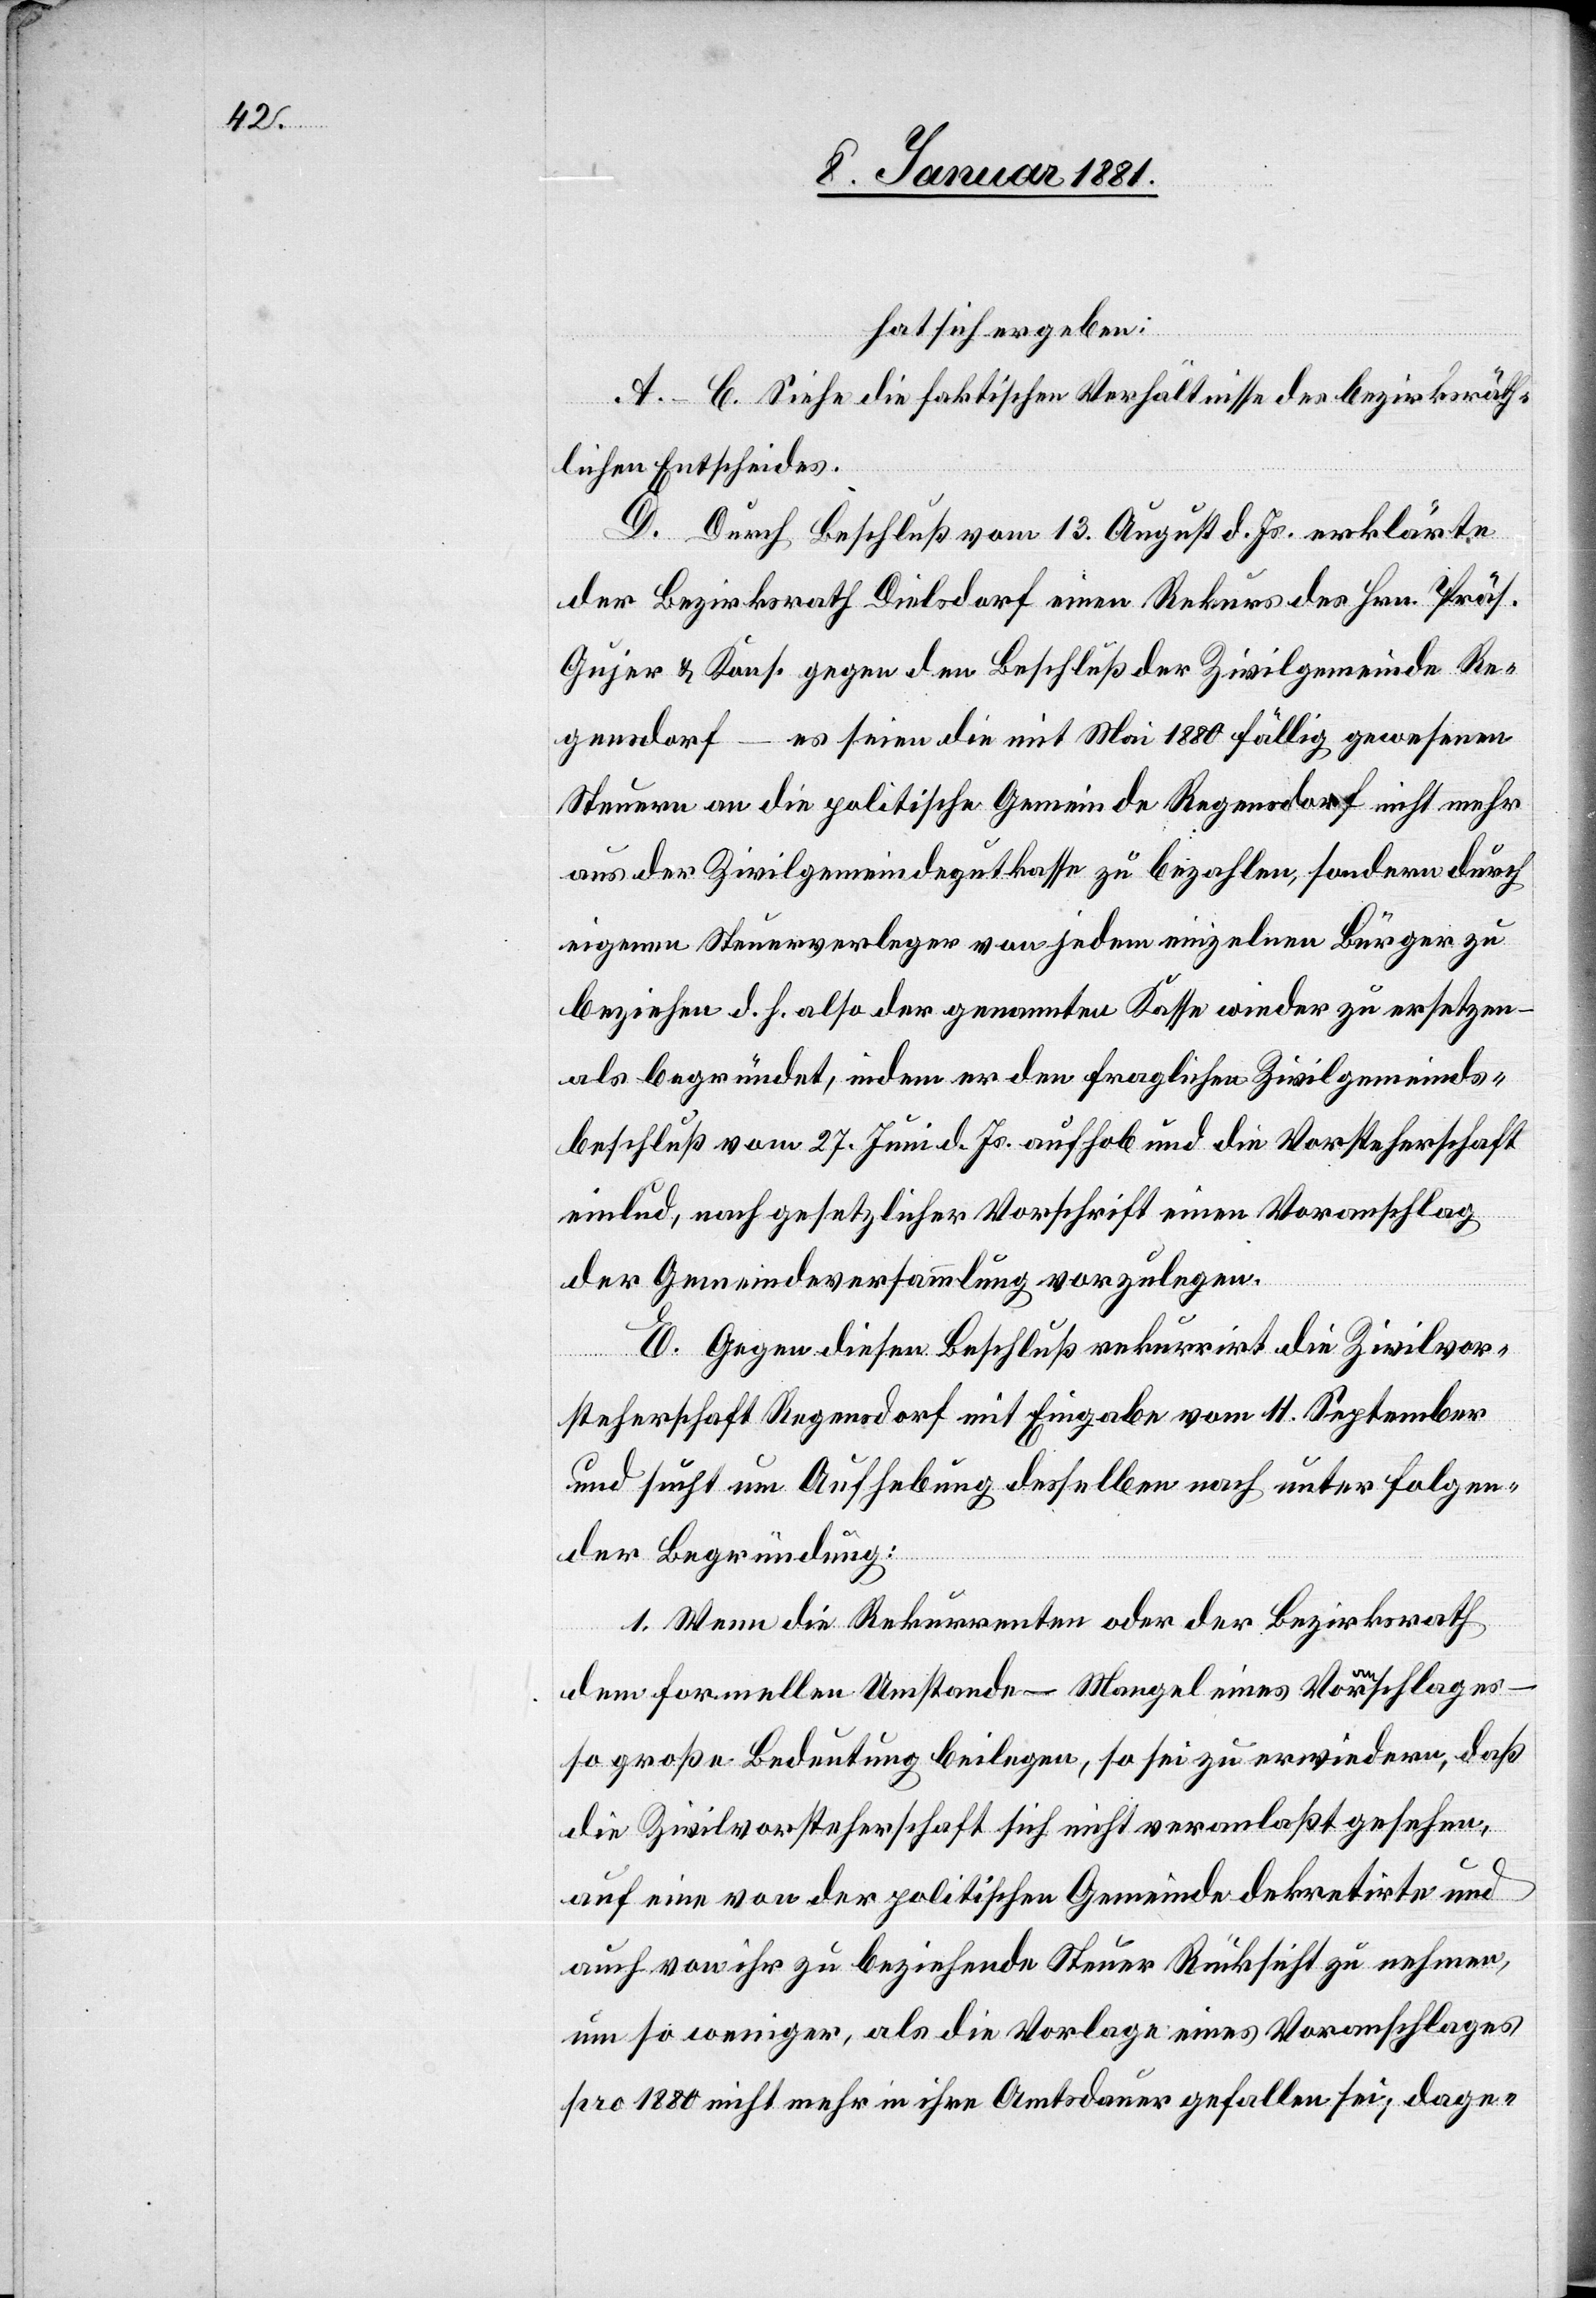
hat sich ergeben:
A.–C. Siehe die faktischen Verhältnisse des bezirksräth¬
lichen Entscheides.
D. Durch Beschluß vom 13. August d. Js. erklärte
der Bezirksrath Dielsdorf einen Rekurs des Hrn. Präs.
Gujer & Kons. gegen den Beschluß der Zivilgemeinde Re¬
gensdorf – es seien die mit Mai 1880 fällig gewesenen
Steuern an die politische Gemeinde Regensdorf nicht mehr
aus der Zivilgemeindegutkasse zu bezahlen, sondern durch
eigenen Steuerverleger von jedem einzelnen Bürger zu
beziehen d. h. also der genannten Kasse wieder zu ersetzen
als begründet, indem er den fraglichen Zivilgemeinds¬
beschluß vom 27. Juni d. Js. aufhob und die Vorsteherschaft
einlud, nach gesetzlicher Vorschrift einen Voranschlag
der Gemeindeversammlung vorzulegen.
E. Gegen diesen Beschluß rekurrirt die Zivilvor¬
steherschaft Regensdorf mit Eingabe vom 11. September
und sucht um Aufhebung desselben nach unter folgen¬
der Begründung:
1. Wenn die Rekurrenten oder der Bezirksrath
dem formellen Umstande – Mangel eines Voranschlages
so große Bedeutung beilegen, so sei zu erwiedern, daß
die Zivilvorsteherschaft sich nicht veranlaßt gesehen,
auf eine von der politischen Gemeinde dekretirte und
auch von ihr zu beziehende Steuer Rücksicht zu nehmen,
um so weniger, als die Vorlage eines Voranschlages
pro 1880 nicht eher in ihre Amtsdauer gefallen sei, dage-